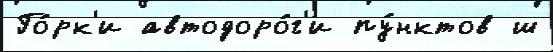
Го́рк'и автодоро́г'и пу́нктов ш